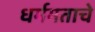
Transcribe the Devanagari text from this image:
धर्ममताचे